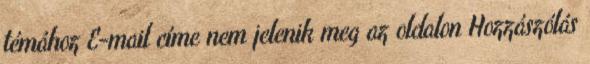
témához E-mail címe nem jelenik meg az oldalon Hozzászólás